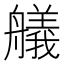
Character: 艤